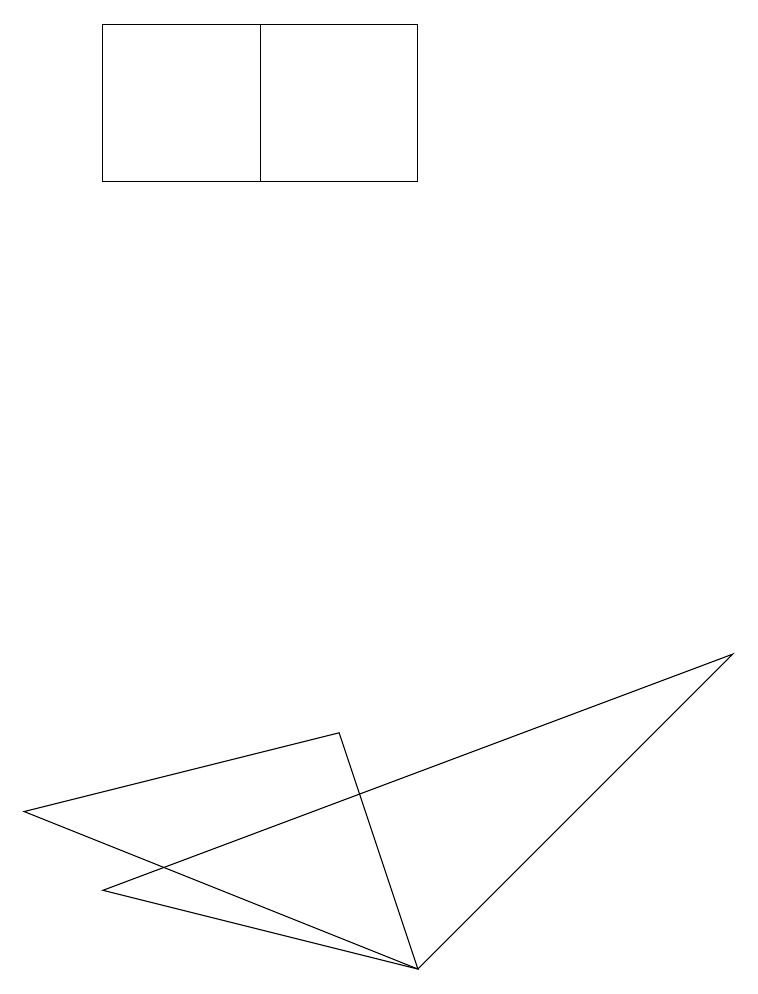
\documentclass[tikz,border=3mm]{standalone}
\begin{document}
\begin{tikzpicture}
\draw (5,3) -- (0,5) -- (4,6) -- cycle;
\draw (1,15) rectangle (3,13);
\draw (1,13) rectangle (5,15);
\draw (9,7) -- (1,4) -- (5,3) -- cycle;
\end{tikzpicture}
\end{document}